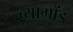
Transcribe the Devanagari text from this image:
ब्याग्रौंड